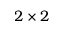
2 \times 2